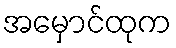
အမှောင်ထုက